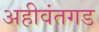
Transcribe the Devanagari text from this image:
अहीवंतगड